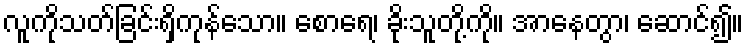
လူကိုသတ်ခြင်းရှိကုန်သော။ စောရေ၊ ခိုးသူတို့ကို။ အာနေတွာ၊ ဆောင်၍။